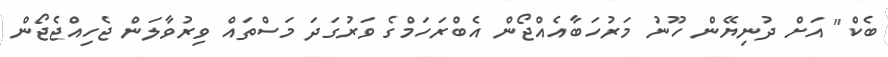
ބެކް" އަށް ދުނިޔޭން ހޫނު މަރުހަބާއެއްޖޯން އެބްރަހަމްގެ ވަރުގަދަ މަސްތައް ވިރުވާލަން ޖެހިއްޖެޖޯން